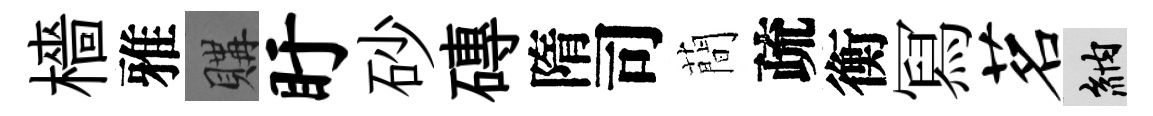
檣雅購盱砂磚隋司蕳疏衡冩茗納